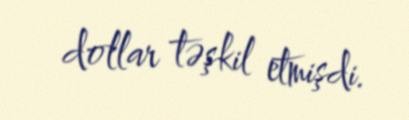
dollar təşkil etmişdi.